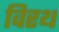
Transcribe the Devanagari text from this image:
विरथ